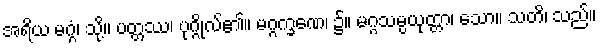
အရိယ မဂ္ဂံ၊ သို့။ ပတ္တဿ၊ ပုဂ္ဂိုလ်၏။ မဂ္ဂက္ခဏေ၊ ၌။ မဂ္ဂသမ္ပယုတ္တာ၊ သော။ သတိ၊ သည်။